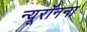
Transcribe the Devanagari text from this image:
न्यूरॉनना